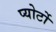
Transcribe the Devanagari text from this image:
प्योर्टो